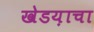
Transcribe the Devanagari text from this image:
खेडय़ाचा